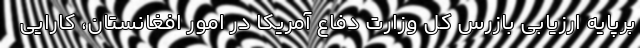
برپایه ارزیابی بازرس کل وزارت دفاع آمریکا در امور افغانستان، کارایی